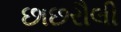
છાછરૌલી